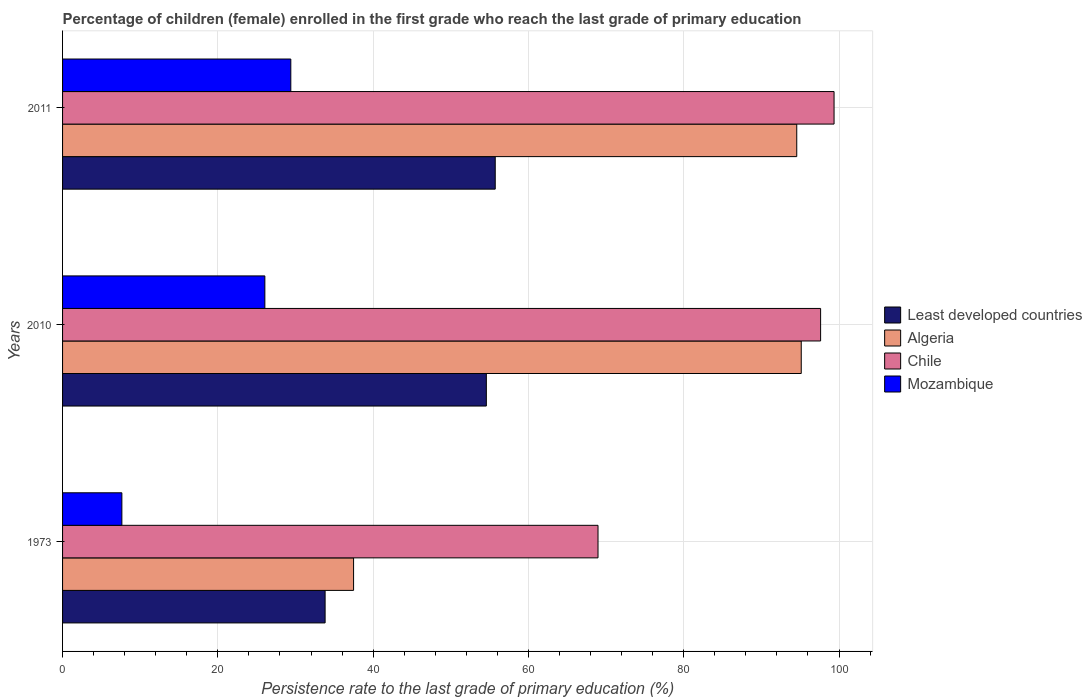
| Years | Least developed countries | Algeria | Chile | Mozambique |
 | --- | --- | --- | --- | --- |
 | 1973 | 33.8 | 37.5 | 69 | 7.64 |
 | 2010 | 54.6 | 95.1 | 97.6 | 26.1 |
 | 2011 | 55.7 | 94.6 | 99.4 | 29.4 |